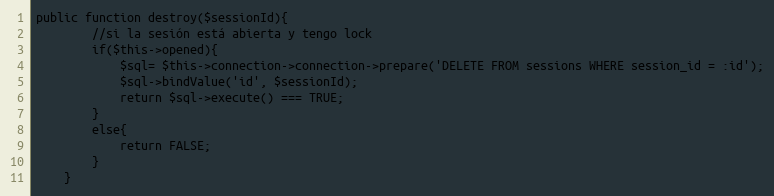
Language: PHP
public function destroy($sessionId){
        //si la sesión está abierta y tengo lock
        if($this->opened){
            $sql= $this->connection->connection->prepare('DELETE FROM sessions WHERE session_id = :id');
            $sql->bindValue('id', $sessionId);
            return $sql->execute() === TRUE;
        }
        else{
            return FALSE;
        }
    }